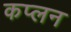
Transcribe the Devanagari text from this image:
कप्लन